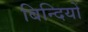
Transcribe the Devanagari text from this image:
बिन्दियों